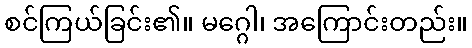
စင်ကြယ်ခြင်း၏။ မဂ္ဂေါ၊ အကြောင်းတည်း။